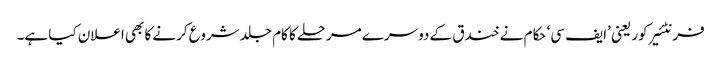
فرنٹئیر کور یعنی ’ایف سی‘ حکام نے خندق کے دوسرے مرحلے کا کام جلد شروع کرنے کا بھی اعلان کیا ہے۔